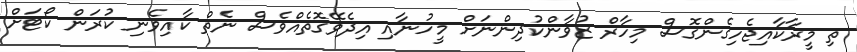
ތި މީރާކާއިޖެހިގެންގޮސް މިހާރް ޒުވާންކުދިންނަށް މީހުނާއި އިދެވޭގޮތެއްވެސް ނެތް ކާއިވެނި ކުރަން ކޯޓަށް